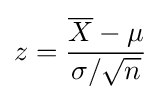
z={\frac {{\overline {X}}-\mu }{\sigma /{\sqrt {n}}}}